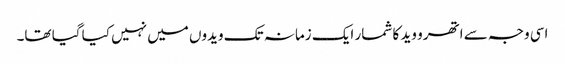
اسی وجہ سے اتھرو وید کا شمار ایک زمانہ تک ویدوں میں نہیں کیا گیا تھا۔